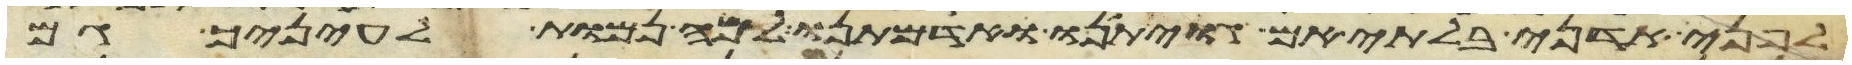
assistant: לפני אדני בלתי אם גויתינו ואדמתנו למה נמות לעיניך גם